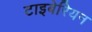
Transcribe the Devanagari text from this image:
टाइबेरियन